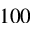
1 0 0